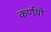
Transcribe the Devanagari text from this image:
कर्णयो